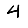
Digit: 4